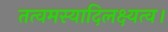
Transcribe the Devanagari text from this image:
तत्वमस्यादिलक्ष्यत्व।